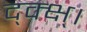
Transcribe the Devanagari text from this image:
द्क्क्ष्।